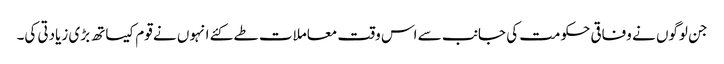
جن لوگوں نے وفاقی حکومت کی جانب سے اس وقت معاملات طے کئے انہوں نے قوم کیساتھ بڑی زیادتی کی۔